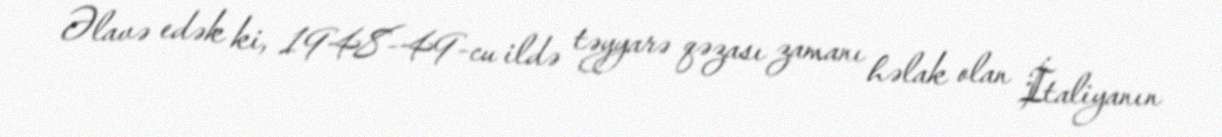
Əlavə edək ki, 1948-49-cu ildə təyyarə qəzası zamanı həlak olan İtaliyanın